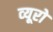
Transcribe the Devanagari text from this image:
व्‍यूरो